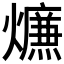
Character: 𤑙